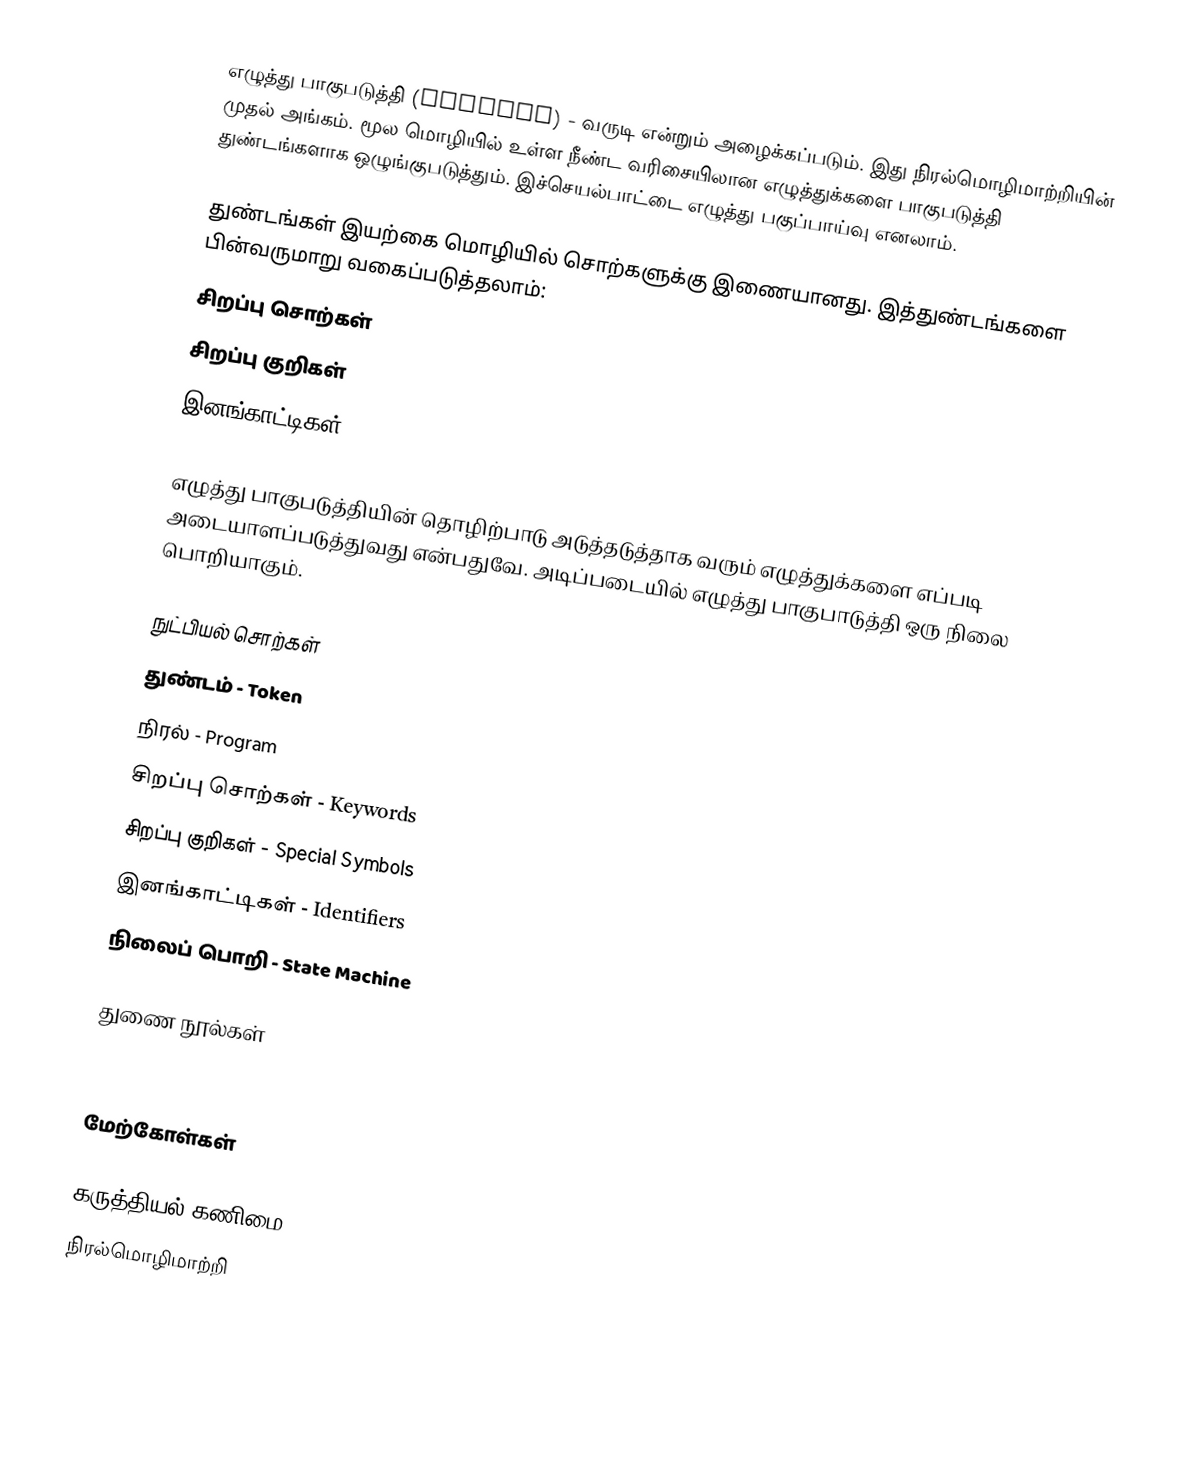
எழுத்து பாகுபடுத்தி (Scanner) - வருடி என்றும் அழைக்கப்படும்.  இது நிரல்மொழிமாற்றியின் முதல் அங்கம்.  மூல மொழியில் உள்ள நீண்ட வரிசையிலான எழுத்துக்களை பாகுபடுத்தி துண்டங்களாக ஒழுங்குபடுத்தும்.  இச்செயல்பாட்டை எழுத்து பகுப்பாய்வு எனலாம்.

துண்டங்கள் இயற்கை மொழியில் சொற்களுக்கு இணையானது.  இத்துண்டங்களை பின்வருமாறு வகைப்படுத்தலாம்:
 சிறப்பு சொற்கள்
 சிறப்பு குறிகள்
 இனங்காட்டிகள்

எழுத்து பாகுபடுத்தியின் தொழிற்பாடு அடுத்தடுத்தாக வரும் எழுத்துக்களை எப்படி அடையாளப்படுத்துவது என்பதுவே.  அடிப்படையில் எழுத்து பாகுபாடுத்தி ஒரு நிலை பொறியாகும்.

நுட்பியல் சொற்கள்
 துண்டம் - Token
 நிரல் - Program
 சிறப்பு சொற்கள் - Keywords
 சிறப்பு குறிகள் - Special Symbols
 இனங்காட்டிகள் - Identifiers
 நிலைப் பொறி - State Machine

துணை நூல்கள்
 Kenneth C. Louden. (1997).  Compiler Construction: Principles and Practice. Toronto: PWS Publishing Company.

மேற்கோள்கள்

கருத்தியல் கணிமை
நிரல்மொழிமாற்றி